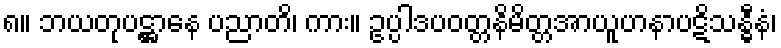
၈။ ဘယတုပဋ္ဌာနေ ပညာတိ၊ ကား။ ဥပ္ပါဒပဝတ္တနိမိတ္တအာယူဟနာပဋိသန္ဓီနံ၊